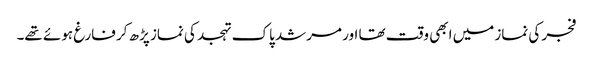
فجر کی نماز میں ابھی وقت تھا اور مرشد پاک تہجد کی نماز پڑھ کر فارغ ہوئے تھے۔